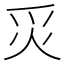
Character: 𬉿